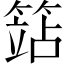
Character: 𥱱